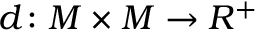
d \colon M \times M \rightarrow R ^ { + }